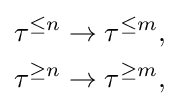
{\begin{aligned}\tau ^{\leq n}&\to \tau ^{\leq m},\\\tau ^{\geq n}&\to \tau ^{\geq m},\end{aligned}}